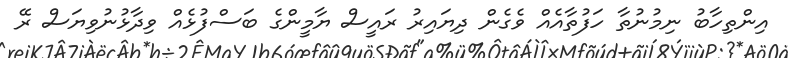
އިންތިހާބު ނިމުނުތާ ހަފުތާއެއް ވެގެން ދިޔައިރު ރައީސް ޔާމީންގެ ބަސްފުޅެއް ވިދާޅުނުވިޔަސް ރޭ